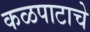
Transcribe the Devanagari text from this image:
कळपाटाचे